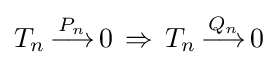
T_{n}{\overset {P_{n}}{\,\longrightarrow \,}}0\,\Rightarrow \,T_{n}{\overset {Q_{n}}{\,\longrightarrow \,}}0